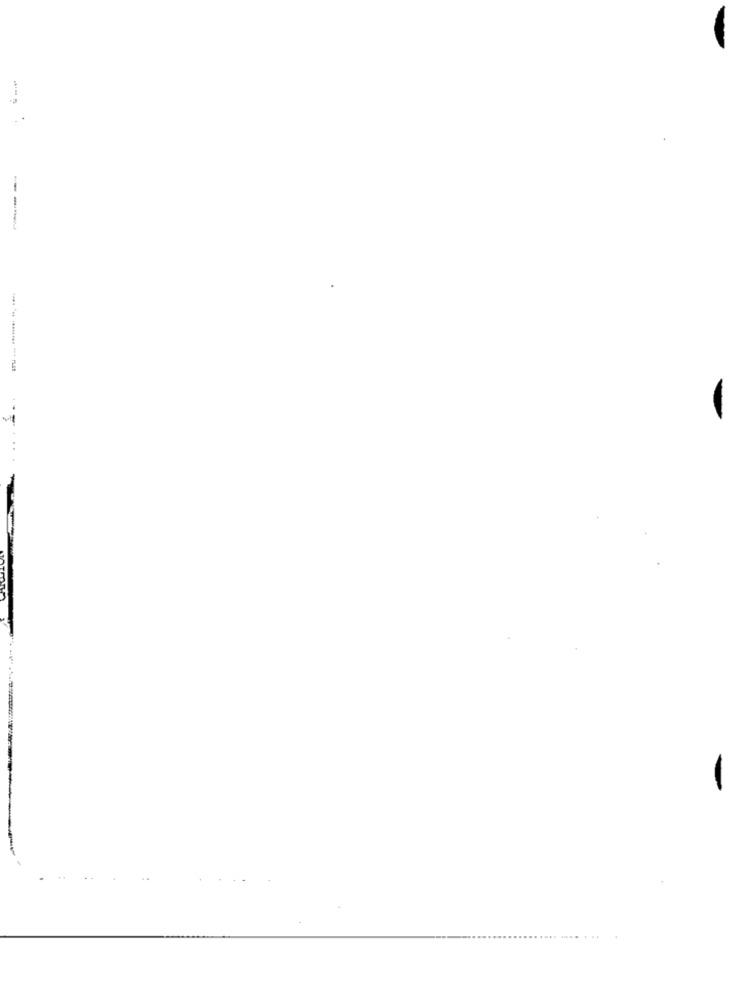
----
-